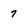
Character: 7